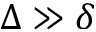
\Delta \gg \delta